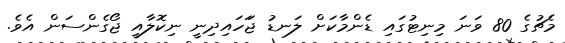
މެޗުގެ 80 ވަނަ މިނިޓުގައި ޑެންމާކަށް ލަނޑު ޖަަހައިދިނީ ނިކޮލާއީ ޖޯގެންސަން އެވެ.